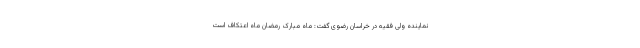
نماینده ولی فقیه در خراسان رضوی گفت: ماه مبارک رمضان ماه اعتکاف است